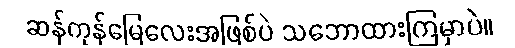
ဆန်ကုန်မြေလေးအဖြစ်ပဲ သဘောထားကြမှာပဲ။